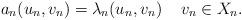
LaTeX: \begin{align*} a_n(u_n, v_n)=\lambda_n (u_n, v_n) \quad\, v_n\in X_n.\end{align*}